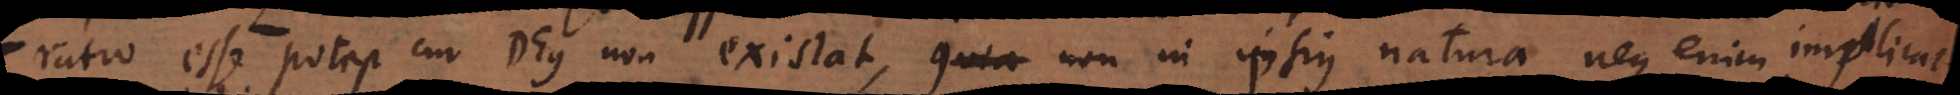
ratio esse potest cur Deus non existat, non in ipsius natura, neque enim implicat